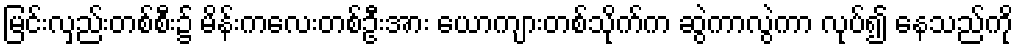
မြင်းလှည်းတစ်စီး၌ မိန်းကလေးတစ်ဦးအား ယောကျားတစ်သိုက်က ဆွဲကာလွဲကာ လုပ်၍ နေသည်ကို